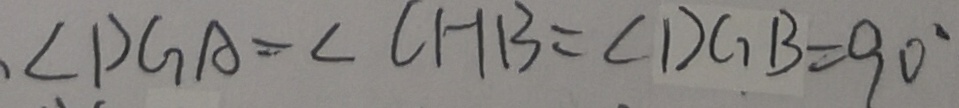
\angle D G A = \angle C H B = \angle D G B = 9 0 ^ { \circ }